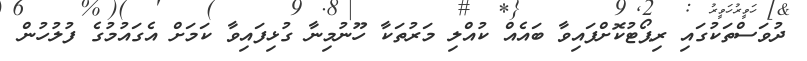
ދުވަސްތަކުގައި ރިޕޯޓުކޮށްފައިވާ ބައެއް ކުއްލި މަރުތަކާ ހޫނުމިނާ ގުޅިފައިވާ ކަމަށް އެގައުމުގެ ފުލުހުން